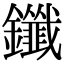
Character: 鑯